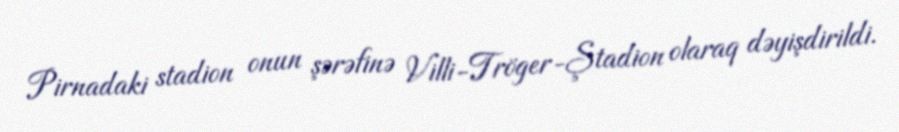
Pirnadaki stadion onun şərəfinə Villi-Tröger-Ştadion olaraq dəyişdirildi.